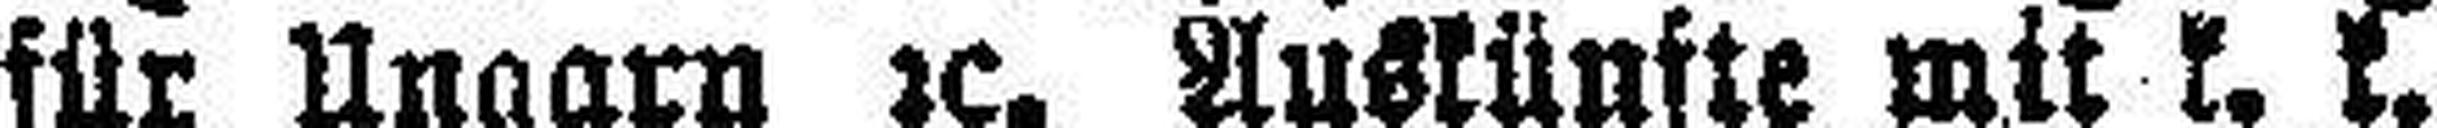
für Ungarn 2c. Auskünfte mit k. k.